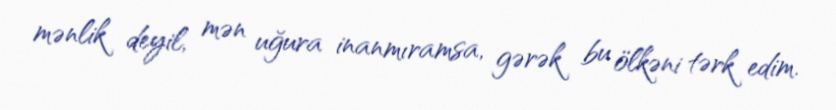
mənlik deyil, mən uğura inanmıramsa, gərək bu ölkəni tərk edim.